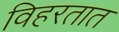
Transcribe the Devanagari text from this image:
विहरतात